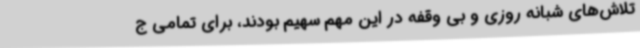
تلاش‌های شبانه روزی و بی وقفه در این مهم سهیم بودند، برای تمامی ج